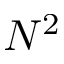
N ^ { 2 }